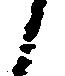
候